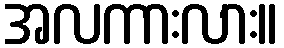
အလကားလား။